Medical and sanitary report of the native army of Madras for the year
Year: 1877
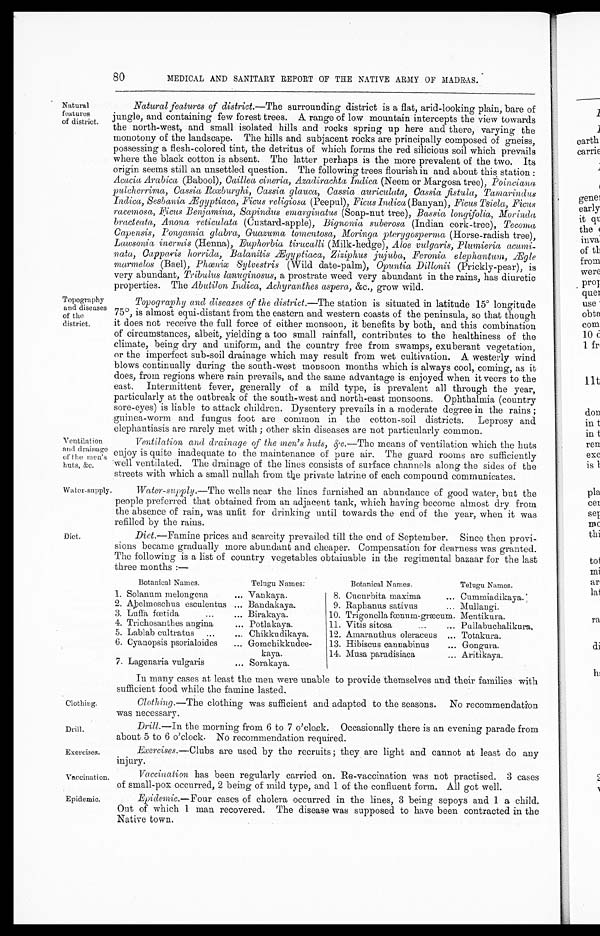
Ventilation
and drainage
of the men's
huts, &c.
Water-supply
Clothing.
Drill.
Exercises.
Vaccination.
80
MEDICAL AND SANITARY REPORT OF THE NATIVE ARMY OF MADRAS.
Natural
features
of district.
Natural features of district.— The surrounding district is a flat, arid-looking plain, bare of
jungle, and containing few forest trees. A range of low mountain intercepts the view towards
the north-west, and small isolated hills and rocks spring up here and there, varying the
monotony of the landscape. The hills and subjacent rocks are principally composed of gneiss,
possessing a flesh-colored tint, the detritus of which forms the red silicious soil which prevails
where the black cotton is absent. The latter perhaps is the more prevalent of the two. Its
origin seems still an unsettled question. The following trees flourish in and about this station:
Acacia Arabica (Babool), Caillea cineria, Azadirachta Indica (Neem or Margosa tree), Poinciana
pulcherrima, Cassia Roxburghi, Cassia glauca, Cassia auriculata, Cassia fistula, Tamarindus
Indica, Sesbania Ægyptiaca, Ficus religiosa (Peepul), Ficus Indica (Banyan), Ficus Tsiela, Ficus
racemosa, Ficus Benjamina, Sapindus emarginatus (Soap-nut tree), Bassia longifolia, Morinda
bracteata, Anona reticulata (Custard-apple), Bigmonia suberosa (Indian cork-tree), Tecoma
Capensis, Pongamia glabra, Guazuma tomentosa, Moringa pterygosperma (Horse-radish tree),
Lawsonia inermis (Henna), Euphorbia tirucalli (Milk-hedge), Aloe vulgaris, Plumieria acumi--
nata, Capparis horrida, Balanitis Ægyptiaca, Ziziphus jujuba, Feronia elephantum, Ægle
marmelos (Bael), Phœnix Sylvestris (Wild date-palm), Opuntia Dillonii (Prickly-pear), is
very abundant, Tribulus lanuginosus, a prostrate weed very abundant in the rains, has diuretic
properties. The Abutilon Indica, Achyranthes aspera, &c., grow wild.
Topography
and diseases
of the
district.
Diet.
Topography and diseases of the district.— The station is situated in latitude 15° longitude
75°, is almost equi-distant from the eastern and western coasts of the peninsula, so that though
it does not receive the full force of either monsoon, it benefits by both, and this combination
of circumstances, albeit, yielding a too small rainfall, contributes to the healthiness of the
climate, being dry and uniform, and the country free from swamps, exuberant vegetation,
or the imperfect sub-soil drainage which may result from wet cultivation. A westerly wind
blows continually during the south-west monsoon months which is always cool, coming, as it
does, from regions where rain prevails, and the same advantage is enjoyed when it veers to the
east. Intermittent fever, generally of a mild type, is prevalent all through the year,
particularly at the outbreak of the south-west and north-east monsoons. Ophthalmia (country
sore-eyes) is liable to attack children. Dysentery prevails in a moderate degree in the rains;
guinea-worm and fungus foot are common in the cotton-soil districts. Leprosy and
elephantiasis are rarely met with; other skin diseases are not particularly common.
Ventilation and drainage of the men's huts, &c.— The means of ventilation which the huts
enjoy is quite inadequate to the maintenance of pure air. The guard rooms are sufficiently
well ventilated. The drainage of the lines consists of surface channels along the sides of the
streets with which a small nullah from the private latrine of each compound communicates.
Water-supply .—The wells near the lines furnished an abundance of good water, but the
people preferred that obtained from an adjacent tank, which having become almost dry from
the absence of rain, was unfit for drinking until towards the end of the year, when it was
refilled by the rains.
Diet .—Famine prices and scarcity prevailed till the end of September. Since then provi--
sions became gradually more abundant and cheaper. Compensation for dearness was granted.
The following is a list of country vegetables obtainable in the regimental bazaar for the last
three months :—
Botanical Names.
Telugu Names:
1. Solanum melongena . . .
Vankaya.
2. Abelmoschus esculentus . . . Bandakaya.
3 . L u f f a f œ t i d a . . .
Birakaya.
4. Trichosanthes angina . . .
Potlakaya.
5. Lablab cultratus . . .
Chikkudikaya.
6. Cyanopsis psorialoides . . .
Gomchikkudee
-
kaya.
7. Lagenaria vulgaris . . .
Sorakaya.
Botanical Names.
Telugu Names.
8. Cucurbita maxima . . . Cummiadikaya.
9. Raphanus sativus . . . Mullangi.
10. Trigonella fœnum-græcum. Mentikura.
11. Vitis sitosa . . . Pullabuchalikura.
12. Amaranthus oleraceus . . . Totakura.
13. Hibiscus cannabinus . . . Gongura.
14. Musa paradisiaca . . . Aritikaya.
In many cases at least the men were unable to provide themselves and their families with
sufficient food while the famine lasted.
Clothing. —The clothing was sufficient and adapted to the seasons. No recommendation
was necessary.
Drill.—In the morning from 6 to 7 o'clock. Occasionally there is an evening parade from
about 5 to 6 o'clock. No recommendation required.
Exercises. —Clubs are used by the recruits; they are light and cannot at least do any
injury.
Vaccination has been regularly carried on. Re-vaccination was not practised. 3 cases
of small-pox occurred, 2 being of mild type, and 1 of the confluent form. All got well.
Epidemic.
Epidemic.— Four cases of cholera occurred in the lines, 3 being sepoys and 1 a child.
Out of which 1 man recovered. The disease was supposed to have been contracted in the
Native town,